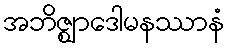
အဘိဇ္ဈာဒေါမနဿာနံ